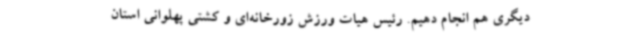
دیگری هم انجام دهیم. رئیس هیات ورزش‌ زورخانه‌ای و کشتی پهلوانی استان